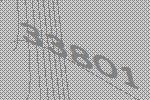
33801